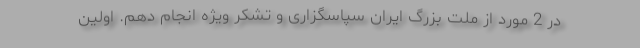
در 2 مورد از ملت بزرگ ایران سپاسگزاری و تشکر ویژه انجام دهم. اولین